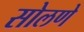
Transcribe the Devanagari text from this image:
सोलणे